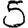
Digit: 5